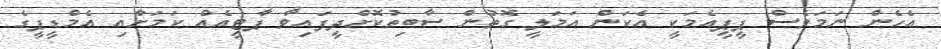
އެހެން ނަމަވެސް ޕީޕީއެމަކީ އެކަން އަމަލީ ގޮތުން ސާބިތުކޮށްދީފައިވާ ޕާޓީއެއް ކަމަށާއި އެމްޑީޕީގެ